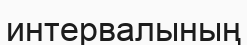
интервалының